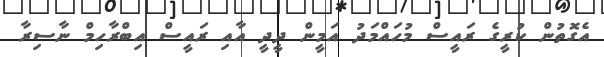
އެގޮތުން ކުރީގެ ރައީސް މުހައްމަދު އަމީން ދީދީ އާއި ރައީސް އިބްރާހިމް ނާސިރާ